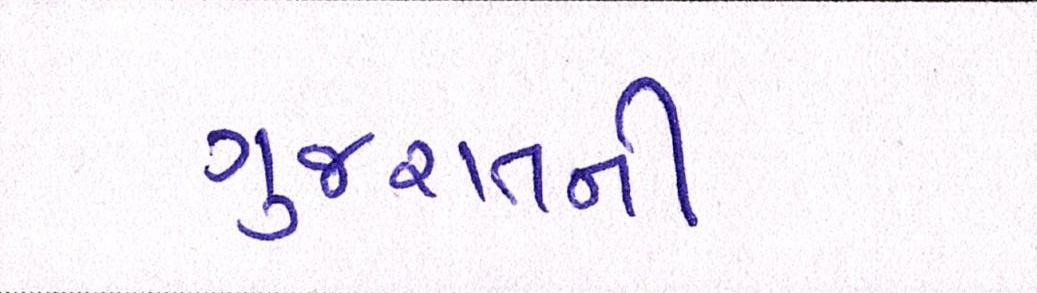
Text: ગુજરાતની